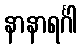
နာနာရင်္ဂါ